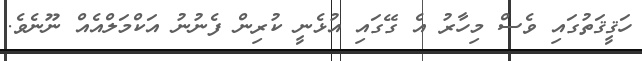
ހަޤީޤަތުގައި ވެސް މިހާރު އެ ގޭގައި އުޅެނީ ކުރިން ފެނުނު އަކްމަލްއެއް ނޫނެވެ.